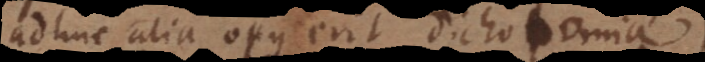
adhuc alia opus erit dichotomia